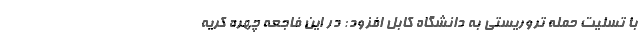
با تسلیت حمله تروریستی به دانشگاه کابل افزود: در این فاجعه چهره کریه